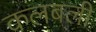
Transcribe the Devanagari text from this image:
कलबली